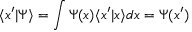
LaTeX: \langle x ^ { \prime } | \Psi \rangle = \int \Psi ( x ) \langle x ^ { \prime } | x \rangle d x = \Psi ( x ^ { \prime } )